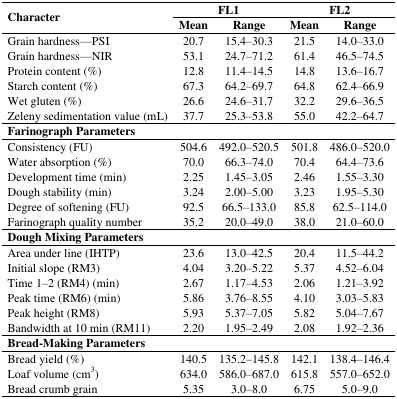
<table><thead><tr><td rowspan="3"><b>Character</b></td><td colspan="2"><b>FL1</b></td><td colspan="2"><b>FL2</b></td></tr><tr><td><b>Mean</b></td><td><b>Range</b></td><td><b>Mean</b></td><td><b>Range</b></td></tr></thead><tbody><tr><td>Grain hardness—PSI</td><td>20.7</td><td>15.4–30.3</td><td>21.5</td><td>14.0–33.0</td></tr><tr><td>Grain hardness—NIR</td><td>53.1</td><td>24.7–71.2</td><td>61.4</td><td>46.5–74.5</td></tr><tr><td>Protein content (%)</td><td>12.8</td><td>11.4–14.5</td><td>14.8</td><td>13.6–16.7</td></tr><tr><td>Starch content (%)</td><td>67.3</td><td>64.2–69.7</td><td>64.8</td><td>62.4–66.9</td></tr><tr><td>Wet gluten (%)</td><td>26.6</td><td>24.6–31.7</td><td>32.2</td><td>29.6–36.5</td></tr><tr><td>Zeleny sedimentation value (mL)</td><td>37.7</td><td>25.3–53.8</td><td>55.0</td><td>42.2–64.7</td></tr><tr><td colspan="5"><b>Farinograph Parameters</b></td></tr><tr><td>Consistency (FU)</td><td>504.6</td><td>492.0–520.5</td><td>501.8</td><td>486.0–520.0</td></tr><tr><td>Water absorption (%)</td><td>70.0</td><td>66.3–74.0</td><td>70.4</td><td>64.4–73.6</td></tr><tr><td>Development time (min)</td><td>2.25</td><td>1.45–3.05</td><td>2.46</td><td>1.55–3.30</td></tr><tr><td>Dough stability (min)</td><td>3.24</td><td>2.00–5.00</td><td>3.23</td><td>1.95–5.30</td></tr><tr><td>Degree of softening (FU)</td><td>92.5</td><td>66.5–133.0</td><td>85.8</td><td>62.5–114.0</td></tr><tr><td>Farinograph quality number</td><td>35.2</td><td>20.0–49.0</td><td>38.0</td><td>21.0–60.0</td></tr><tr><td colspan="5"><b>Dough Mixing Parameters</b></td></tr><tr><td>Area under line (IHTP)</td><td>23.6</td><td>13.0–42.5</td><td>20.4</td><td>11.5–44.2</td></tr><tr><td>Initial slope (RM3)</td><td>4.04</td><td>3.20–5.22</td><td>5.37</td><td>4.52–6.04</td></tr><tr><td>Time 1–2 (RM4) (min)</td><td>2.67</td><td>1.17–4.53</td><td>2.06</td><td>1.21–3.92</td></tr><tr><td>Peak time (RM6) (min)</td><td>5.86</td><td>3.76–8.55</td><td>4.10</td><td>3.03–5.83</td></tr><tr><td>Peak height (RM8)</td><td>5.93</td><td>5.37–7.05</td><td>5.82</td><td>5.04–7.67</td></tr><tr><td>Bandwidth at 10 min (RM11)</td><td>2.20</td><td>1.95–2.49</td><td>2.08</td><td>1.92–2.36</td></tr><tr><td colspan="5"><b>Bread-Making Parameters</b></td></tr><tr><td>Bread yield (%)</td><td>140.5</td><td>135.2–145.8</td><td>142.1</td><td>138.4–146.4</td></tr><tr><td>Loaf volume (cm<sup>3</sup>)</td><td>634.0</td><td>586.0–687.0</td><td>615.8</td><td>557.0–652.0</td></tr><tr><td>Bread crumb grain</td><td>5.35</td><td>3.0–8.0</td><td>6.75</td><td>5.0–9.0</td></tr></tbody></table>